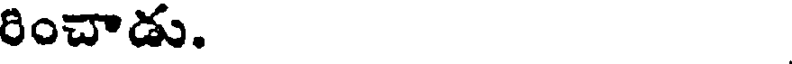
రించాడు.